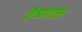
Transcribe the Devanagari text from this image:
वैष्णवत्व